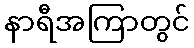
နာရီအကြာတွင်